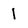
Character: 1